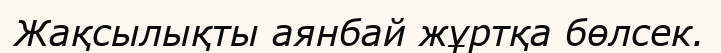
Жақсылықты аянбай жұртқа бөлсек.